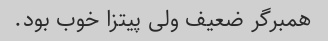
همبرگر ضعیف ولی پیتزا خوب بود.